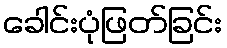
ခေါင်းပုံဖြတ်ခြင်း